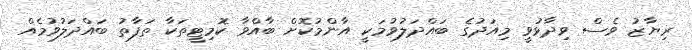
ރިޔާޒު ވެސް ވިދާޅުވީ މިއަދުގެ ބައްދަލުވުމަކީ އާންމުކޮށް ބާއްވާ ކޮމިޓީތަކާ ތަފާތު ބައްދަލުވުމެއް